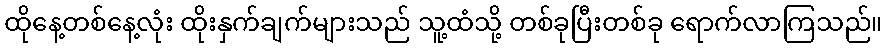
ထိုနေ့တစ်နေ့လုံး ထိုးနှက်ချက်များသည် သူ့ထံသို့ တစ်ခုပြီးတစ်ခု ရောက်လာကြသည်။